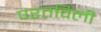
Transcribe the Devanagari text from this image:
परतविली